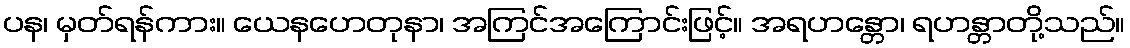
ပန၊ မှတ်ရန်ကား။ ယေနဟေတုနာ၊ အကြင်အကြောင်းဖြင့်။ အရဟန္တော၊ ရဟန္တာတို့သည်။